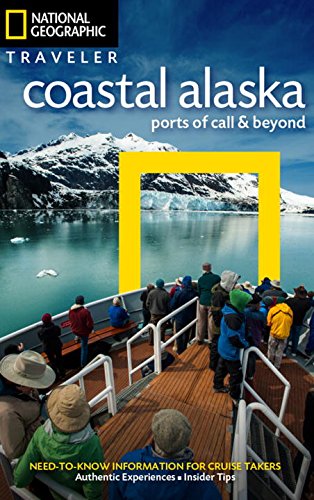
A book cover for National Geographic Traveler: Coastal Alaska: Ports of Call and Beyond; Bob Devine; Travel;